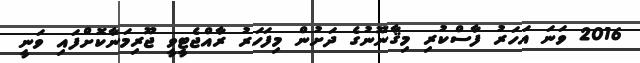
2016 ވަނަ އަހަރު ފާސްކުރި މިޤާނޫނުގެ ދަށުން މިފަހަރު ރާއްޖެޓީވީ ޖޫރިމަނާކޮށްފައި ވަނީ